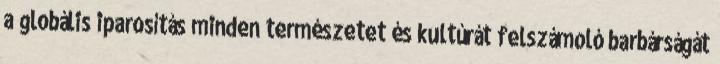
a globális iparosítás minden természetet és kultúrát felszámoló barbárságát